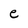
Character: e